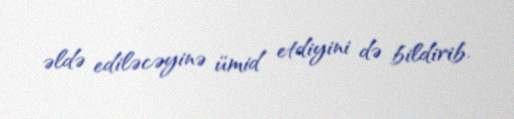
əldə ediləcəyinə ümid etdiyini də bildirib.